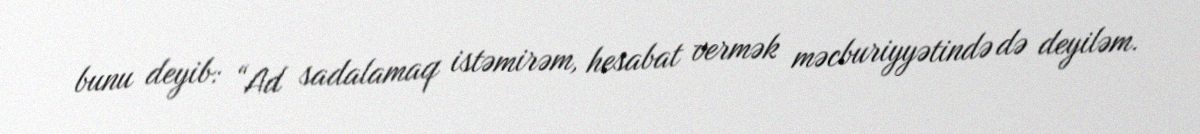
bunu deyib: “Ad sadalamaq istəmirəm, hesabat vermək məcburiyyətində də deyiləm.